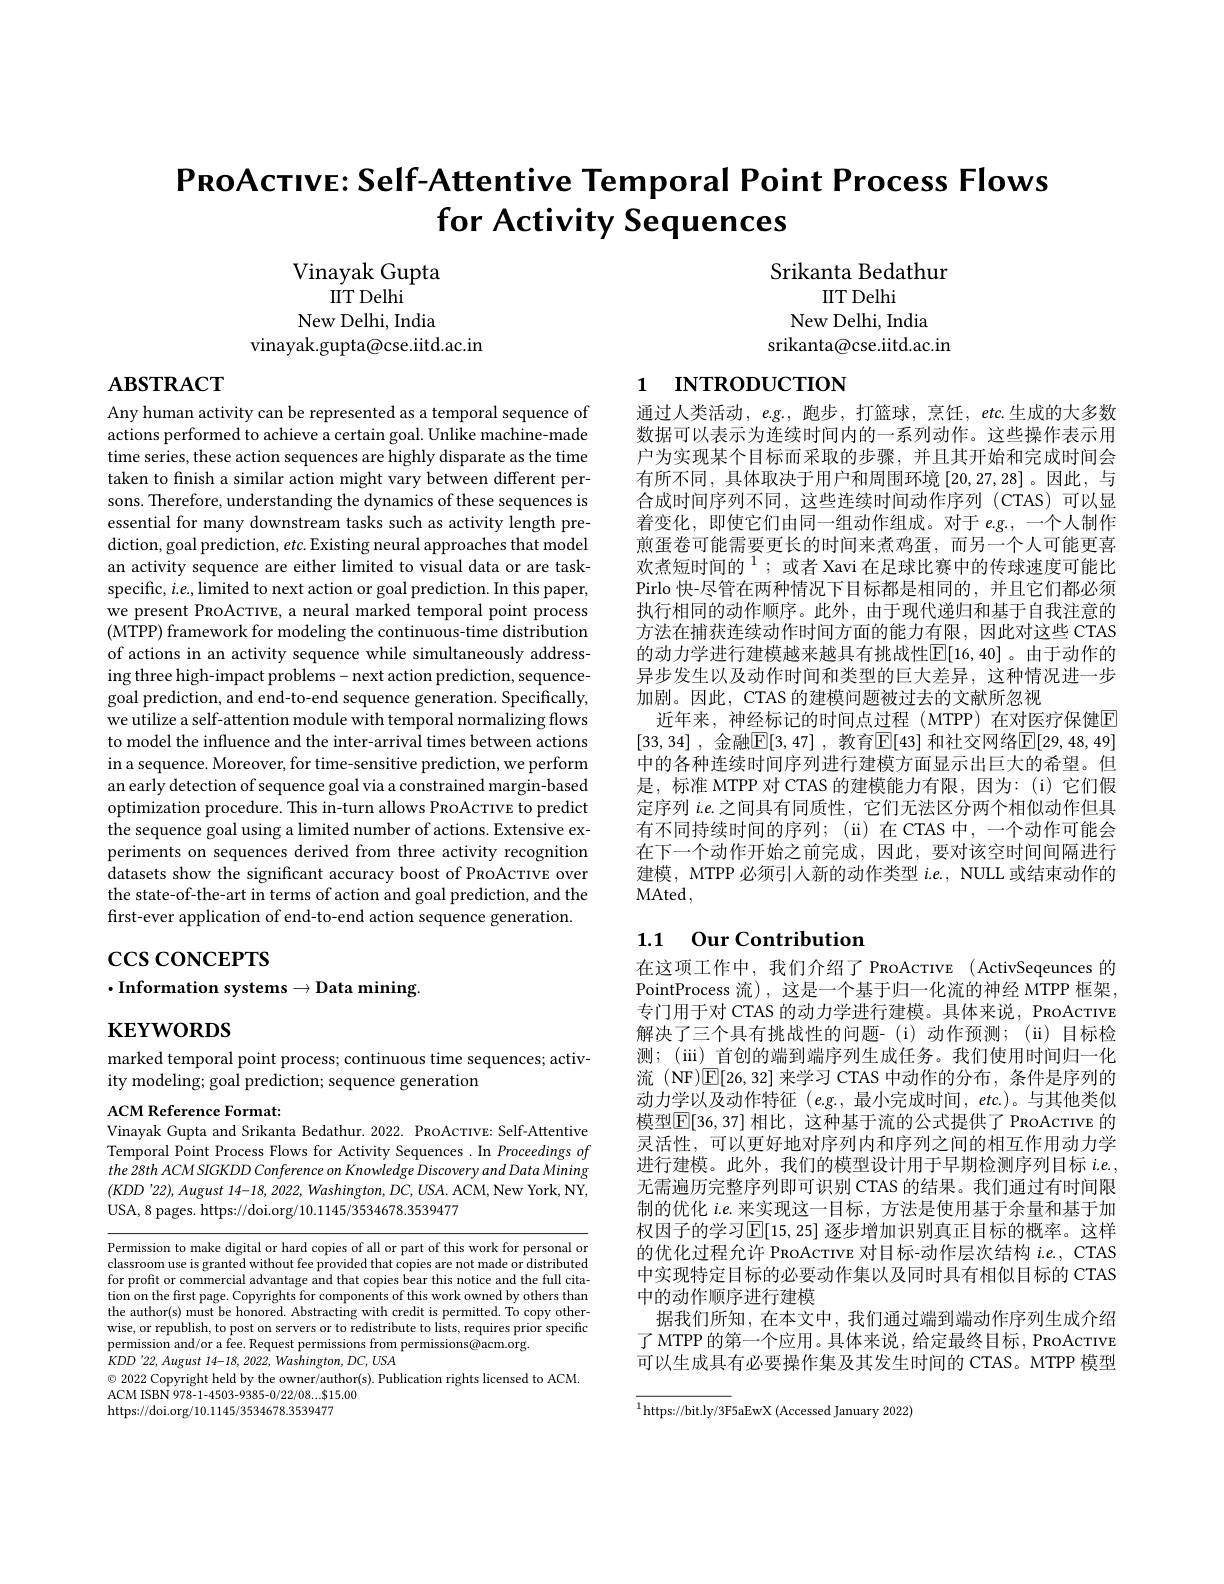
$\mathsf{P}$RoAcтıve: Self-Attentive Temporal Point Process Flows
for Activity Sequences

Vinayak Gupta
$\Pi TDelhi$
New Delhi, India
vinayak.gupta@cse.iitd.ac.in

Srikanta Bedathur
IIT Delhi
New Delhi, India
srikanta@cse.iitd.ac.in

$\mathbf{ABSTRACT}$

# 1 INTRODUCTION

通过人类活动，$e.$g., 跑步，打篮球，烹饪，etc.生成的大多数数据可以表示为连续时间内的一系列动作。这些操作表示用户为实现某个目标而采取的步骤，并且其开始和完成时间会有所不同，具体取决于用户和周围环境[20,27,28]。因此，与合成时间序列不同，这些连续时间动作序列(CTAS)可以显着变化，即使它们由同一组动作组成。对于$e.g.$,一个人制作煎蛋卷可能需要更长的时间来煮鸡蛋，而另一个人可能更喜欢煮短时间的$^{1};$或者 Xavi 在足球比赛中的传球速度可能比Pirlo 快-尽管在两种情况下目标都是相同的，并且它们都必须执行相同的动作顺序。此外，由于现代递归和基于自我注意的方法在捕获连续动作时间方面的能力有限，因此对这些 CTAS 的动力学进行建模越来越具有挑战性$\overline{\mathbb{E}}[16,40]$。由于动作的异步发生以及动作时间和类型的巨大差异，这种情况进一步加剧。因此，CTAS 的建模问题被过去的文献所忽视
近年来，神经标记的时间点过程 (MTPP) 在对医疗保健$\mathbb{E}$ [33,34] , 金融$\boxed{\mathrm{F} }[ 3, 47]$ , 教育$\boxed{\mathrm{E} }[ 43]$ 和社交网络$\boxed{\mathrm{E}}[29,48,49]$ 中的各种连续时间序列进行建模方面显示出巨大的希望。但是，标准 MTPP 对 CTAS 的建模能力有限，因为：(i)它们假定序列 i.e.之间具有同质性，它们无法区分两个相似动作但具有不同持续时间的序列；( ii) 在 CTAS 中 , 一个动作可能会在下一个动作开始之前完成，因此，要对该空时间间隔进行建模，MTPP 必须引人新的动作类型$i.e.$, NULL 或结束动作的MAted,

Any human activity can be represented as a temporal sequence of actions performed to achieve a certain goal. Unlike machine-made time series, these action sequences are highly disparate as the time taken to finish a similar action might vary between different persons. Therefore, understanding the dynamics of these sequences is essential for many downstream tasks such as activity length prediction, goal prediction, $etc.$ Existing neural approaches that model an activity sequence are either limited to visual data or are taskspecific, $i.e.$,limited to next action or goal prediction. In this paper, we present PROACTIVE, a neural marked temporal point process (MTPP) framework for modeling the continuous-time distribution of actions in an activity sequence while simultaneously addressing three high-impact problems- next action prediction, sequencegoal prediction, and end-to-end sequence generation. Specifically, we utilize a self-attention module with temporal normalizing flows to model the influence and the inter-arrival times between actions in a sequence. Moreover, for time-sensitive prediction, we perform an early detection of sequence goal via a constrained margin-based optimization procedure. This in-turn allows PRoAcTIvE to predict the sequence goal using a limited number of actions. Extensive experiments on sequences derived from three activity recognition datasets show the significant accuracy boost of PRoAcTIvE over the state-of-the-art in terms of action and goal prediction, and the first-ever application of end-to-end action sequence generation.

### 1.1 0ur Contribution

# $\csc\cos$coNCEPTS $\cdot$Information systems$\to$Data mining.

$\mathbf{KEYWORDS}$

marked temporal point process; continuous time sequences; activ-
ity modeling; goal prediction; sequence generation

ACM Reference Format:
Vinayak Gupta and Srikanta Bedathur. 2022. PRoAcTIvE: Self-Attentive

在这项工作中，我们介绍了 PRoAcTIVE (ActivSeqeunces 的PointProcess 流),这是一个基于归一化流的神经 MTPP 框架， 专门用于对 CTAS 的动力学进行建模。具体来说，PRoAcTIVE 解决了三个具有挑战性的问题-(i)动作预测；(ii)目标检测；(iii) 首创的端到端序列生成任务。我们使用时间归一化流 (NF)$\mathbb{E}[26,32]$来学习 CTAS 中动作的分布，条件是序列的动力学以及动作特征(e.g.,最小完成时间，etc.)。与其他类似模型$\boxed{\mathbb{F}}[36,37]$ 相比，这种基于流的公式提供了 PRoAcrıve 的灵活性，可以更好地对序列内和序列之间的相互作用动力学进行建模。此外，我们的模型设计用于早期检测序列目标$i.e.$, 无需遍历完整序列即可识别 CTAS 的结果。我们通过有时间限制的优化$i.e.$来实现这一目标，方法是使用基于余量和基于加权因子的学习$\mathbb{E}[15,25]$ 逐步增加识别真正目标的概率。这样的优化过程允许 PROAcTIVE 对目标-动作层次结构$i.e.$, CTAS 中实现特定目标的必要动作集以及同时具有相似目标的 CTAS 中的动作顺序进行建模
据我们所知，在本文中，我们通过端到端动作序列生成介绍了 MTPP 的第一个应用。具体来说，给定最终目标，PRoAcTIvE 可以生成具有必要操作集及其发生时间的 CTAS。MTPP 模型

Temporal Point Process Flows for Activity Sequences. In Proceedings of the 28th ACM SIGKDD Conference on Knowledge Discovery and Data Mining $(KDD'22),August$ 14-18, 2022, Washington, DC, USA. ACM, New York, NY, USA, 8 pages. https://doi.org/10.1145/3534678.3539477

Permission to make digital or hard copies of all or part of this work for personal or classroom use is granted without fee provided that copies are not made or distributed for profit or commercial advantage and that copies bear this notice and the full citation on the first page. Copyrights for components of this work owned by others than the author(s) must be honored. Abstracting with credit is permitted. To copy otherwise, or republish, to post on servers or to redistribute to lists, requires prior specific permission and/or a fee. Request permissions from permissions@acm.org.
$\dot{K} DD\:^{\prime }22, August$ 14-18, 2022, $Washington$, $DC$, $USA$
$\odot$ 2022 Copyright held by the owner/author(s). Publication rights licensed to ACM.
ACM ISBN 978-1-4503-9385-0/22/08....815.00
https://doi.org/10.1145/3534678.3539477

$^{1}$https://bit.ly/3F5aEwX (Accessed January 2022)